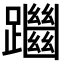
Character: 𨇔